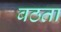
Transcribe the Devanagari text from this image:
बठता